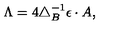
\Lambda = 4 \triangle _ { B } ^ { - 1 } \epsilon \cdot A ,